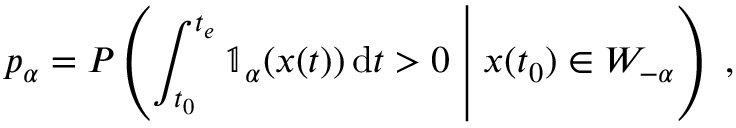
p _ { \alpha } = P \left( \int _ { t _ { 0 } } ^ { t _ { e } } \mathbb { 1 } _ { \alpha } ( \ensuremath { \boldsymbol { { x } } } ( t ) ) \, \mathrm { d } t > 0 \; \middle | \; \ensuremath { \boldsymbol { { x } } } ( t _ { 0 } ) \in W _ { - \alpha } \right) \ ,